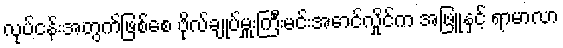
လုပ်ငန်းအတွက်ဖြစ်စေ ဗိုလ်ချုပ်မှူးကြီးမင်းအောင်လှိုင်က အဖြူနှင့် ရာမာလာ